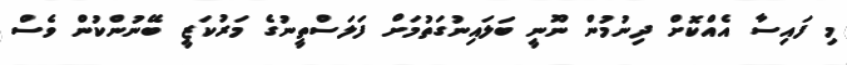
މި ފައިސާ އެއްކޮށް ދިނުމުން ނޫނީ ބަލައިނުގަތުމަށް ފަލަސްތީނުގެ މަރުކަޒީ ބޭނުންކުން ވެސް